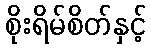
စိုးရိမ်စိတ်နှင့်